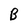
Character: B